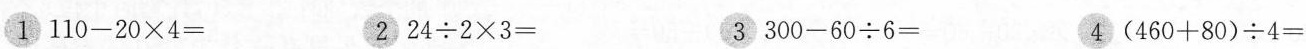
1 $$1 1 0 - 2 0 \times 4 =$$ 2 $$2 4 \div 2 \times 3 =$$ 3 $$30 0 - 6 0 \div 6 =$$ 4 $$( 4 6 0 + 8 0 ) \div 4 =$$